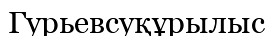
Гурьевсуқұрылыс